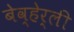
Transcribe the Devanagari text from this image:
बेव्हेर्ली